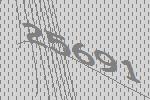
25691